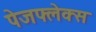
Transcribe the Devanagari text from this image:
पेजफ्लेक्स